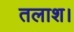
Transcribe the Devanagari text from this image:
तलाश।